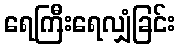
ရေကြီးရေလျှံခြင်း